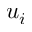
u _ { i }